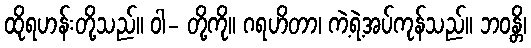
ထိုရဟန်းတို့သည်။ ဝါ- တို့ကို။ ဂရဟိတာ၊ ကဲ့ရဲ့အပ်ကုန်သည်။ ဘဝန္တိ၊